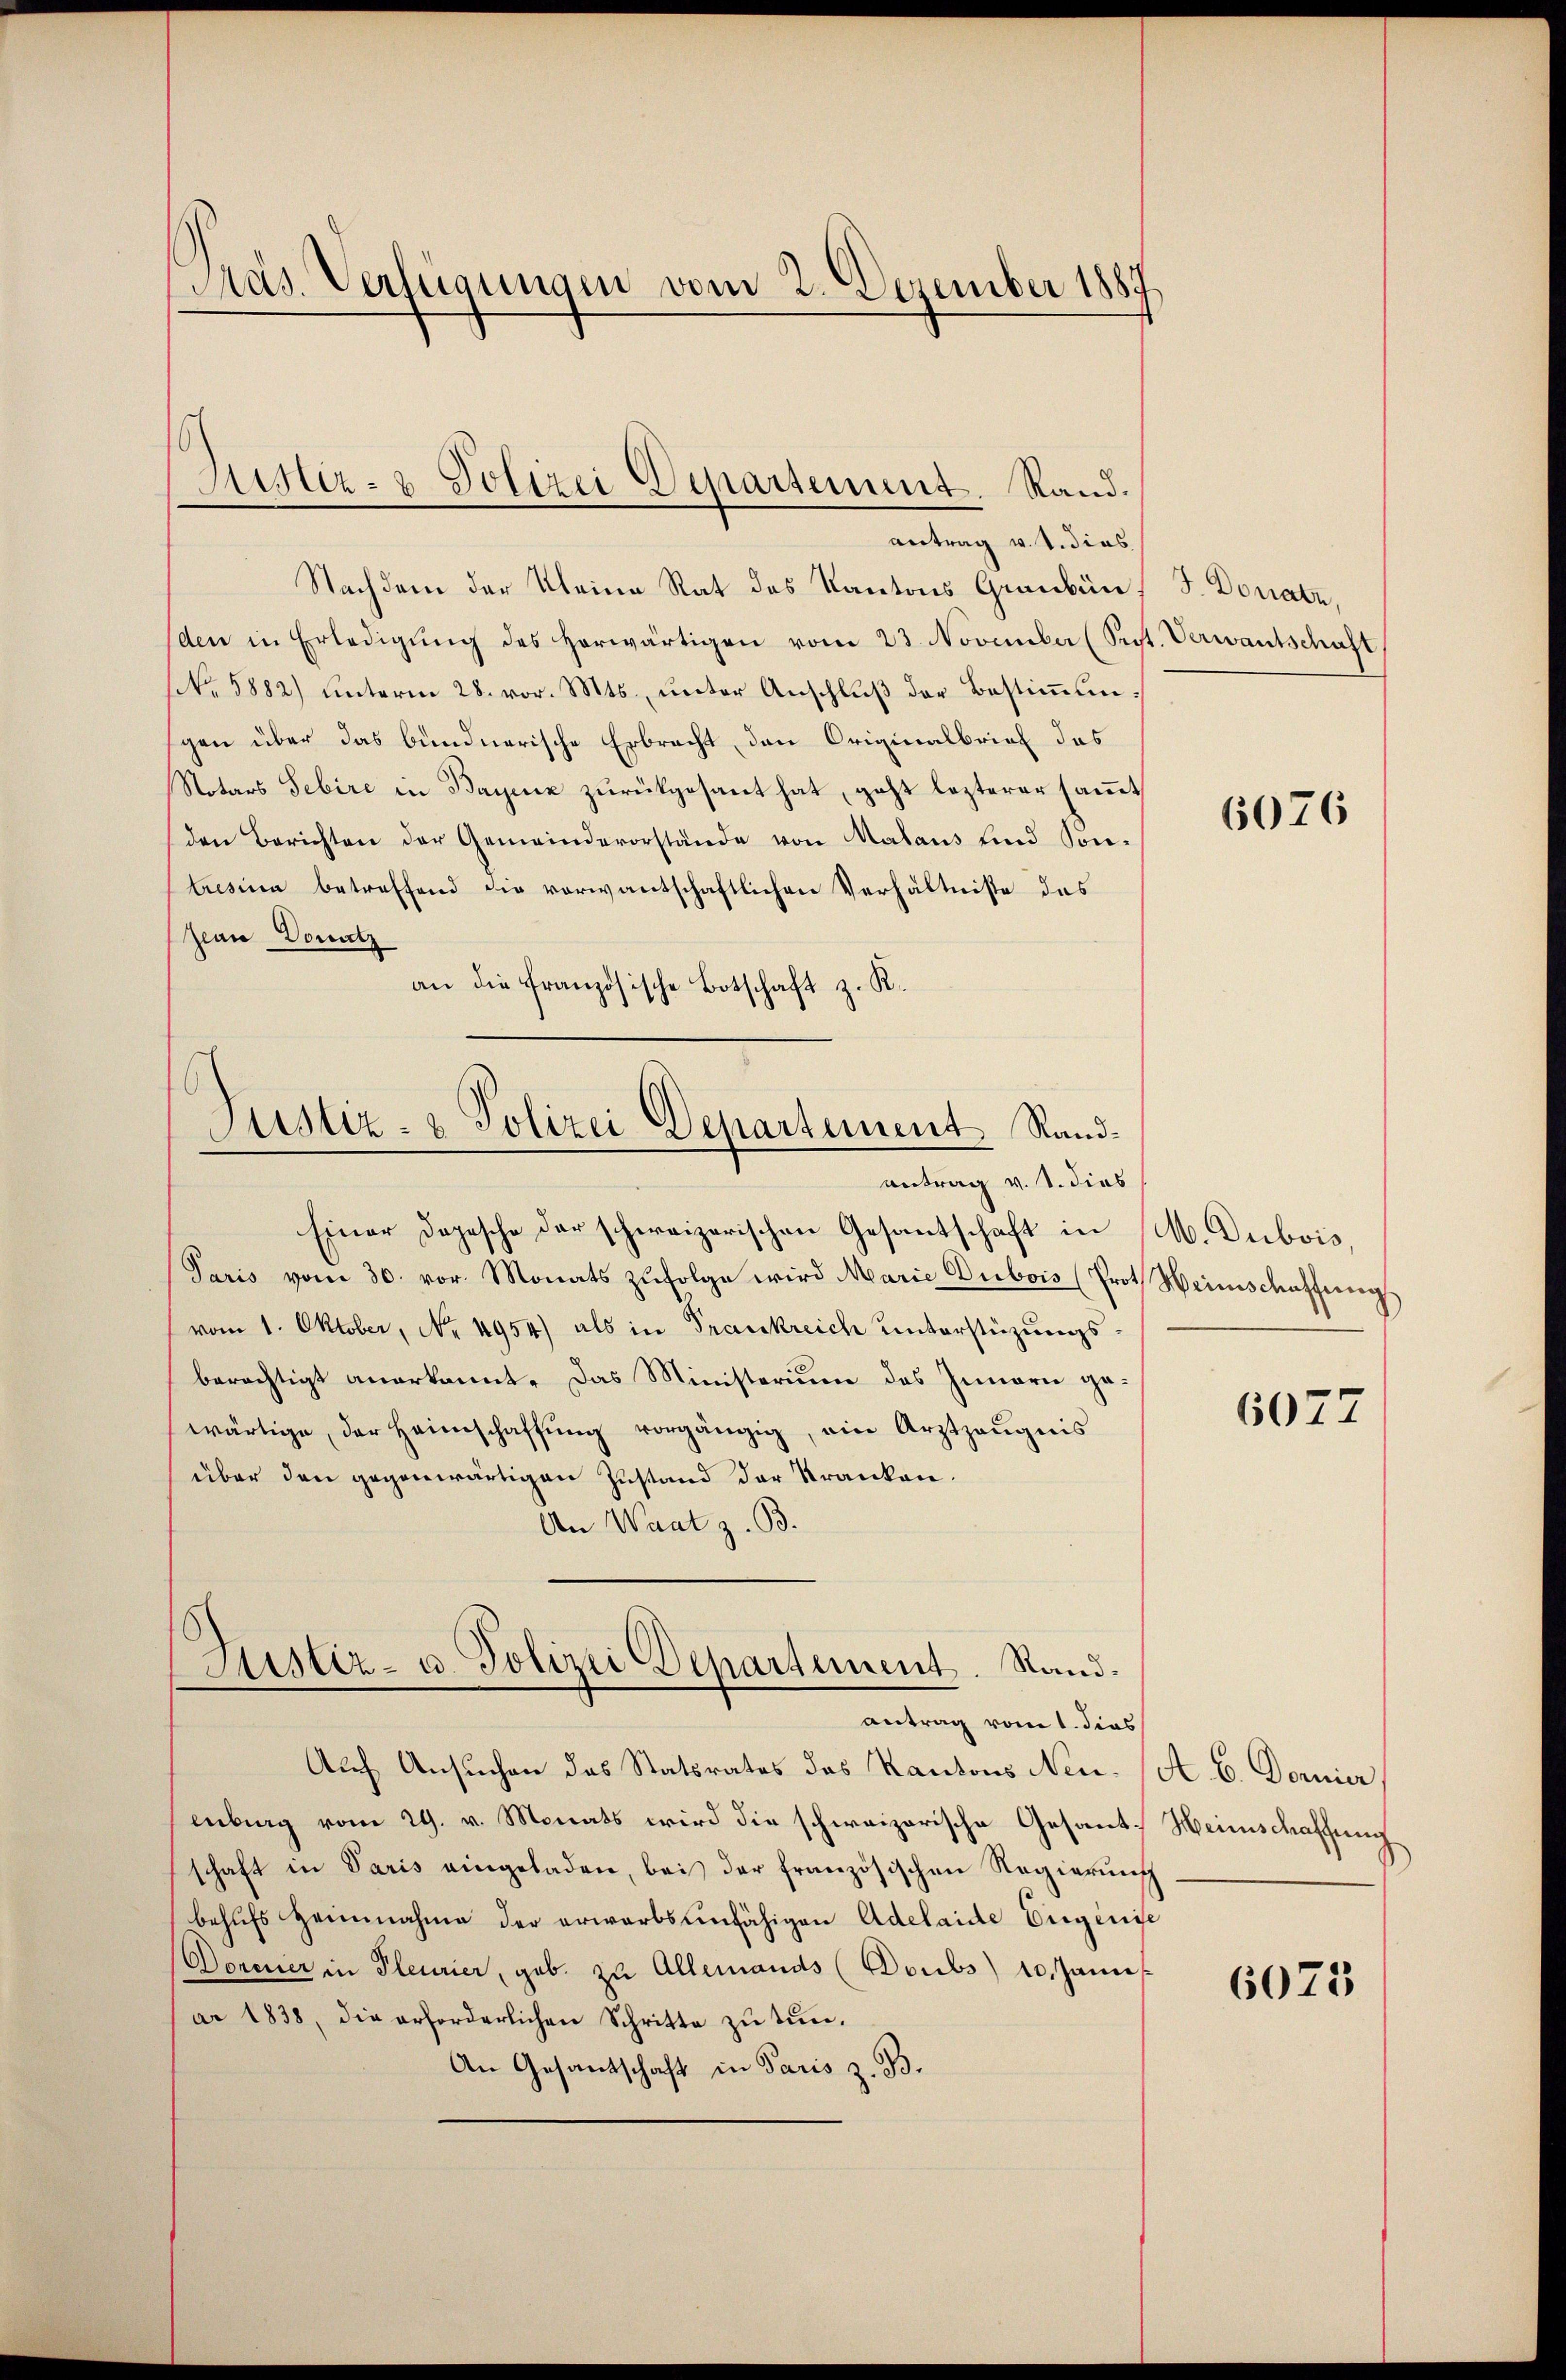
Präs. Verfügungen vom 2. Dezember 1887

Justiz- & Polizei Deparsement. Rand.
antrag v. J. dies

Nachdem der Kleine Rat des Kantons Graubün
den in Erledigŭng des herwärtigen vom 23. November (Sept. Verwantschaft
NNo. 5882) unterm 28. vor. Mts., unter Anschluß der Bestimmungen über das bundnerische Erbrecht, den Originalbrief das
Notars Gebire in Bayenz zurückgesant hat, geht lezterer sammt
den Berichten der Gemeindevorstände von Malaus und Sontresina betreffend die vorwantschaftlichen Verhältnisse das
Jean Donatz
an die französische Botschaft z. K.

Justiz- & Polizei Departement Randantrag v. S. dies

Einer Depesche der schweizerischen Gesantschaft in M. Dubois,
Paris vom 30. vor. Monats zŭfolge wird Marie Dubois (Prot Heimschaffung
vom 1. Oktober, No. 4954) als in Frankreich unterstüzungsberechtigt anerkannt. Das Ministerium des Innern gewärtige, der Heimschaffŭng vorgängig, ein Arztzeŭgnis
über den gegenwärtigen Zustand der Kranken¬
An Waat z. B.

Justiz- u. Polizei Departement. Randantrag vom 1. dies

Auch Ansuchen das Statsrates des Kantons Nen. (A. b. Dornier,
enburg vom 29. v. Monats wird die schweizerische Gesant-Weinschaffung
schaft in Paris eingeladen, bei der französischen Regierung
behufs Heinnahme der erwarbsunfähigen Adelaide Eigenie
Dornier in Pleurier, geb. zu Allemands (Doubs) 10. Janis
ar 1838, die erforderlichen Schritte zŭ tun.
An Gesantschaft in Paris z. B.

J. Donate,

6076

6077

6075